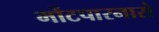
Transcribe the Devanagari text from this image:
मोंटपारनासे